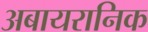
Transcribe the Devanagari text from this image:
अबायरानिक